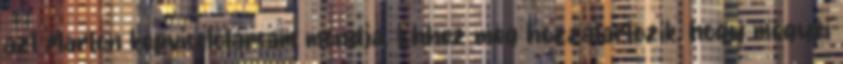
azt Marton képviselőtársam mondja. Ehhez még hozzátartozik, hogy megyei